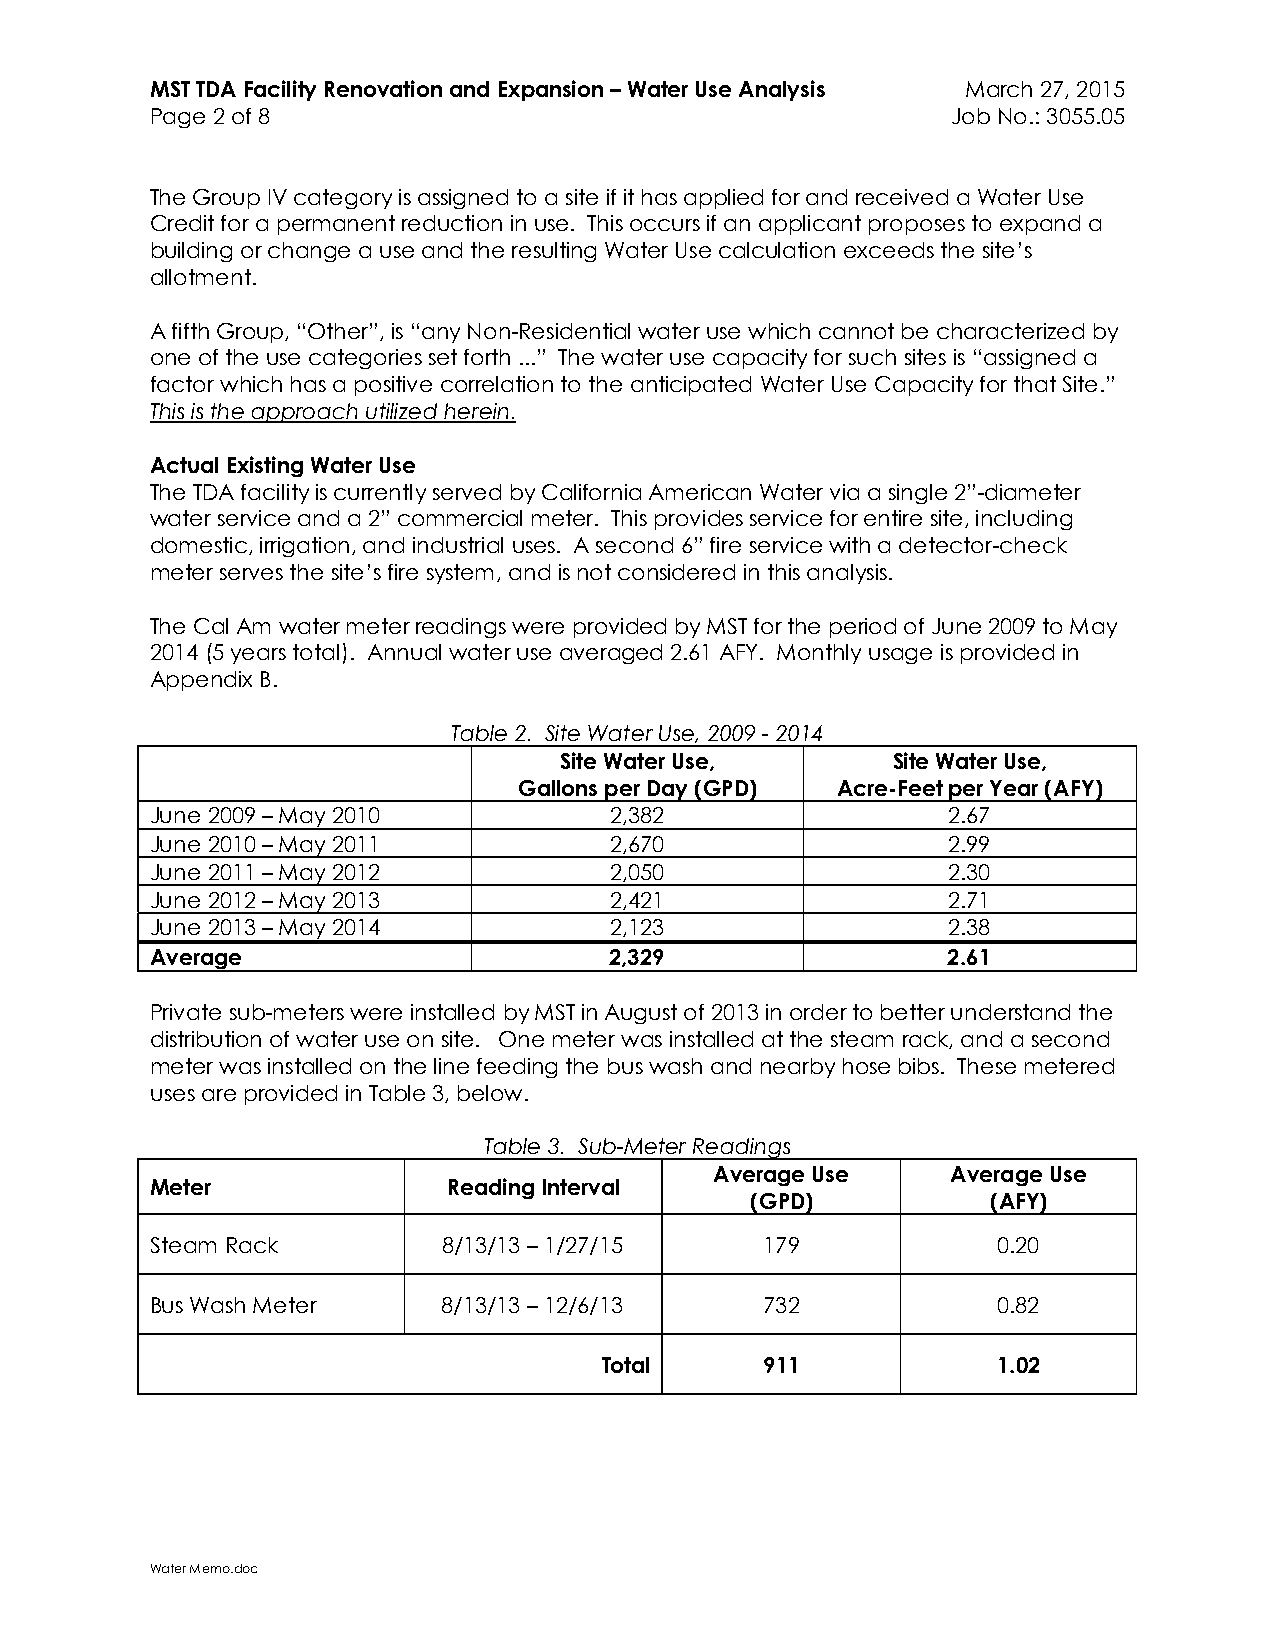
MST TDA Facility Renovation and Expansion – Water Use Analysis March 27, 2015
 Page 2 of 8                                          Job No.: 3055.05
 The Group IV category is assigned to a site if it has applied for and received a Water Use
 Credit for a permanent reduction in use. This occurs if an applicant proposes to expand a
 building or change a use and the resulting Water Use calculation exceeds the site’s
 allotment.
 A fifth Group, “Other”, is “any Non-Residential water use which cannot be characterized by
 one of the use categories set forth ...” The water use capacity for such sites is “assigned a
 factor which has a positive correlation to the anticipated Water Use Capacity for that Site.”
 This is the approach utilized herein.
 Actual Existing Water Use
 The TDA facility is currently served by California American Water via a single 2”-diameter
 water service and a 2” commercial meter. This provides service for entire site, including
 domestic, irrigation, and industrial uses. A second 6” fire service with a detector-check
 meter serves the site’s fire system, and is not considered in this analysis.
 The Cal Am water meter readings were provided by MST for the period of June 2009 to May
 2014 (5 years total). Annual water use averaged 2.61 AFY. Monthly usage is provided in
 Appendix B.
 Table 2. Site Water Use, 2009 - 2014
 Site Water Use,       Site Water Use,
 Gallons per Day (GPD) Acre-Feet per Year (AFY)
 June 2009 – May 2010          2,382                  2.67
 June 2010 – May 2011          2,670                  2.99
 June 2011 – May 2012          2,050                  2.30
 June 2012 – May 2013          2,421                  2.71
 June 2013 – May 2014          2,123                  2.38
 Average                       2,329                  2.61
 Private sub-meters were installed by MST in August of 2013 in order to better understand the
 distribution of water use on site. One meter was installed at the steam rack, and a second
 meter was installed on the line feeding the bus wash and nearby hose bibs. These metered
 uses are provided in Table 3, below.
 Table 3. Sub-Meter Readings
 Average Use     Average Use
 Meter               Reading Interval
 (GPD)           (AFY)
 Steam Rack         8/13/13 – 1/27/15     179            0.20
 Bus Wash Meter     8/13/13 – 12/6/13     732            0.82
 Total      911            1.02
 Water Memo.doc